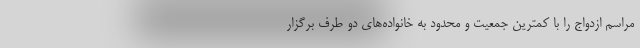
مراسم ازدواج را با کمترین جمعیت و محدود به خانواده‌های دو طرف برگزار